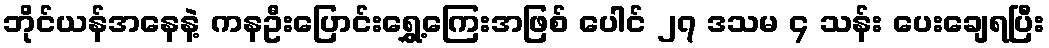
ဘိုင်ယန်အနေနဲ့ ကနဦးပြောင်းရွှေ့ကြေးအဖြစ် ပေါင် ၂၇ ဒသမ ၄ သန်း ပေးချေရပြီး